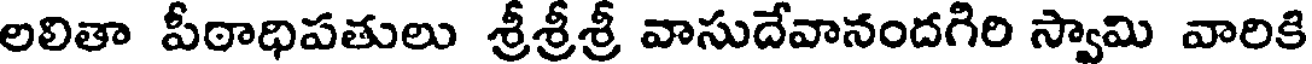
లలితా పీఠాధిపతులు శ్రీశ్రీశ్రీ వాసుదేవానందగిరి స్వామి వారికి